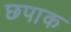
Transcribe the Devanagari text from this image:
छपाक